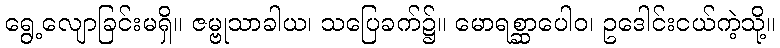
ရွေ့လျောခြင်းမရှိ။ ဇမ္ဗုသာခါယ၊ သပြေခက်၌။ မောရစ္ဆာပေါဝ၊ ဥဒေါင်းငယ်ကဲ့သို့။